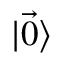
\mathinner { | { \vec { 0 } } \rangle }